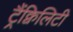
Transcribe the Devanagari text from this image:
ट्रैंक्विलिटी